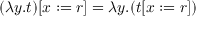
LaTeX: ( \lambda y . t ) [ x : = r ] = \lambda y . ( t [ x : = r ] )